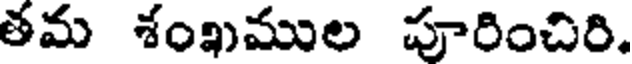
తమ శంఖముల పూరించిరి.